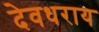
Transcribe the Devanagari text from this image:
देवधराय